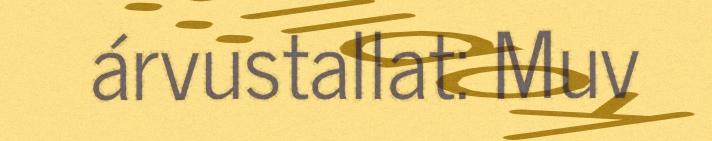
árvustallat: Muv